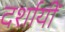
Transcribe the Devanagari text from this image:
दर्शायीं